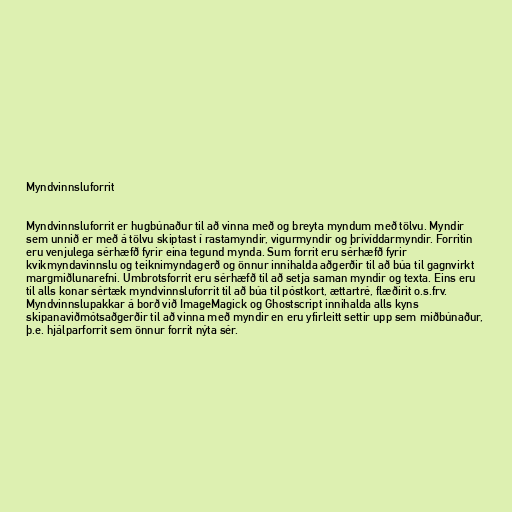
Myndvinnsluforrit

Myndvinnsluforrit er hugbúnaður til að vinna með og breyta myndum með tölvu. Myndir
sem unnið er með á tölvu skiptast í rastamyndir, vigurmyndir og þrívíddarmyndir. Forritin
eru venjulega sérhæfð fyrir eina tegund mynda. Sum forrit eru sérhæfð fyrir
kvikmyndavinnslu og teiknimyndagerð og önnur innihalda aðgerðir til að búa til gagnvirkt
margmiðlunarefni. Umbrotsforrit eru sérhæfð til að setja saman myndir og texta. Eins eru
til alls konar sértæk myndvinnsluforrit til að búa til póstkort, ættartré, flæðirit o.s.frv.
Myndvinnslupakkar á borð við ImageMagick og Ghostscript innihalda alls kyns
skipanaviðmótsaðgerðir til að vinna með myndir en eru yfirleitt settir upp sem miðbúnaður,
þ.e. hjálparforrit sem önnur forrit nýta sér.